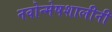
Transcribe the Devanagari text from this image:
नवोन्मेषशालीनी